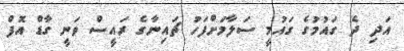
އަދި ދެ ގައުމުގެ ގައުމީ ސަލާމަށްފަހު ޗައިނާގެ ރައީސް ވަނީ ގާޑް އޮފް